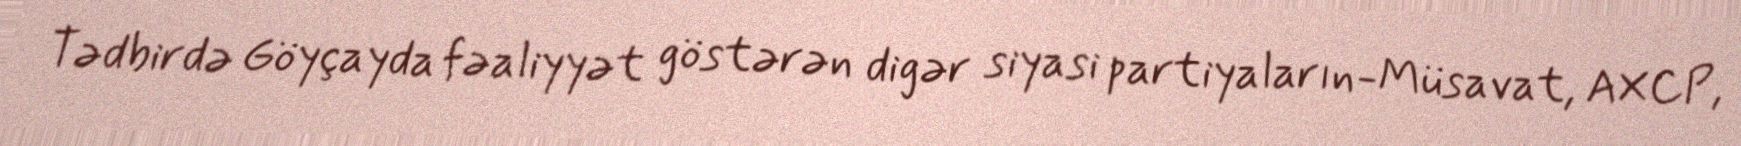
Tədbirdə Göyçayda fəaliyyət göstərən digər siyasi partiyaların-Müsavat, AXCP,